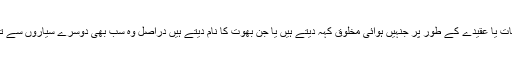
ہمارے لوگ عام طور پر اپنے توہمات یا عقیدے کے طور پر جنہیں ہوائی مخلوق کہہ دیتے ہیں یا جن بھوت کا نام دیتے ہیں دراصل وہ سب بھی دوسرے سیاروں سے تعلق رکھنے والی خلائی مخلوق ہیں۔